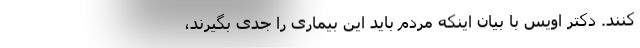
کنند. دکتر اویس با بیان اینکه مردم باید این بیماری را جدی بگیرند،